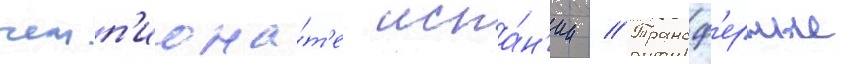
чемп'иона́т'е испа́н'ии // Трансф'ерные